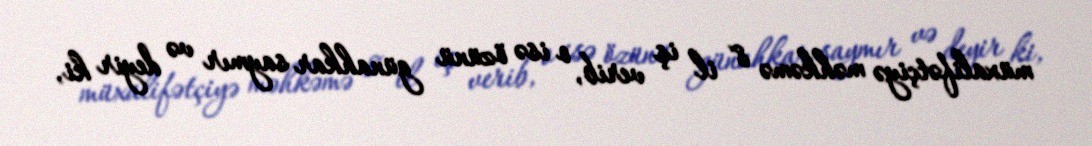
müxalifətçiyə məhkəmə 8 il iş verib, o isə özünü günahkar saymır və deyir ki,